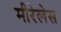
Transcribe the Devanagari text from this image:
मीरेलेस